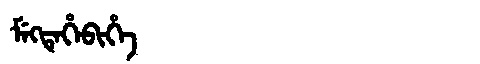
Manchu: ᠮᡝᡴᡨᡝᡥᡝᠪᡳᡥᡝ
Romanization: MEKTEHEBIHE